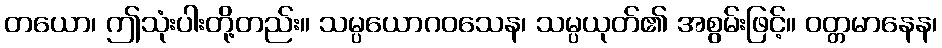
တယော၊ ဤသုံးပါးတို့တည်း။ သမ္ပယောဂဝသေန၊ သမ္ပယုတ်၏ အစွမ်းဖြင့်။ ဝတ္တမာနေန၊